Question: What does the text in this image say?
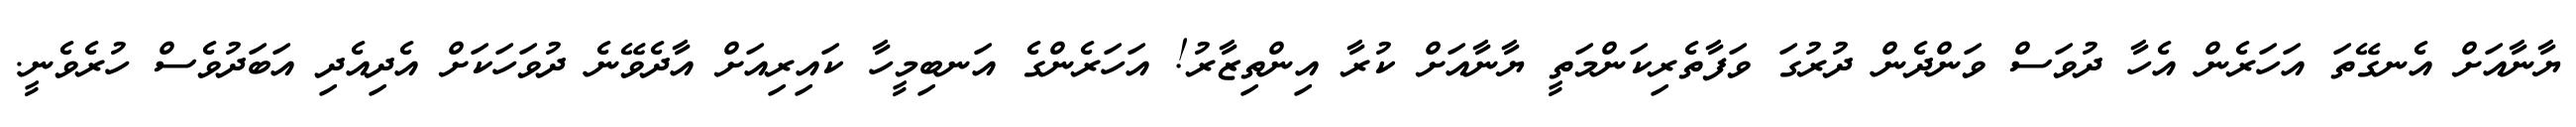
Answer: ޔާނާއަށް އެނގޭތަ އަހަރެން އެހާ ދުވަސް ވަންދެން ދުރުގަ ވަފާތެރިކަންމަތީ ޔާނާއަށް ކުރާ އިންތިޒާރު! އަހަރެންގެ އަނބިމީހާ ކައިރިއަށް އާދެވޭނެ ދުވަހަކަށް އެދިއެދި އަބަދުވެސް ހުރެވެނީ.